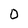
Character: O